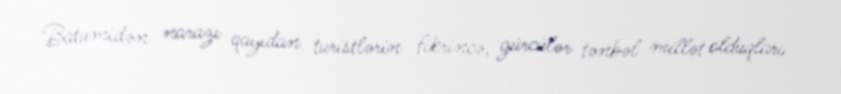
Batumidən narazı qayıdan turistlərin fikrincə, gürcülər tənbəl millət olduqları